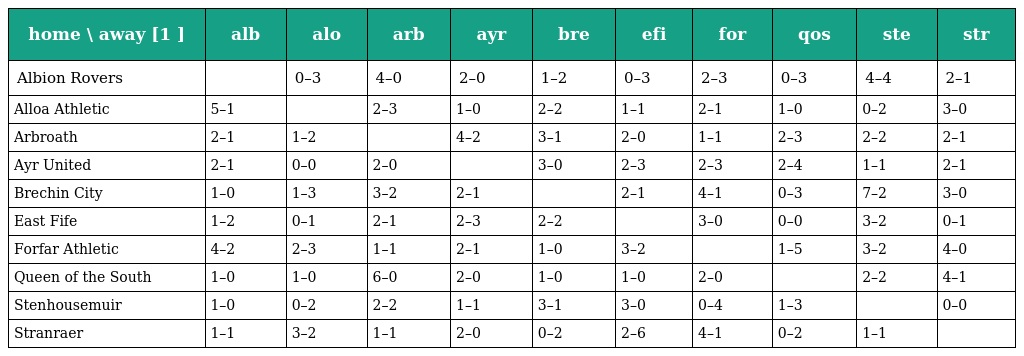
| home \ away [1 ] | alb | alo | arb | ayr | bre | efi | for | qos | ste | str |
 | --- | --- | --- | --- | --- | --- | --- | --- | --- | --- | --- |
 | Albion Rovers |  | 0–3 | 4–0 | 2–0 | 1–2 | 0–3 | 2–3 | 0–3 | 4–4 | 2–1 |
 | Alloa Athletic | 5–1 |  | 2–3 | 1–0 | 2–2 | 1–1 | 2–1 | 1–0 | 0–2 | 3–0 |
 | Arbroath | 2–1 | 1–2 |  | 4–2 | 3–1 | 2–0 | 1–1 | 2–3 | 2–2 | 2–1 |
 | Ayr United | 2–1 | 0–0 | 2–0 |  | 3–0 | 2–3 | 2–3 | 2–4 | 1–1 | 2–1 |
 | Brechin City | 1–0 | 1–3 | 3–2 | 2–1 |  | 2–1 | 4–1 | 0–3 | 7–2 | 3–0 |
 | East Fife | 1–2 | 0–1 | 2–1 | 2–3 | 2–2 |  | 3–0 | 0–0 | 3–2 | 0–1 |
 | Forfar Athletic | 4–2 | 2–3 | 1–1 | 2–1 | 1–0 | 3–2 |  | 1–5 | 3–2 | 4–0 |
 | Queen of the South | 1–0 | 1–0 | 6–0 | 2–0 | 1–0 | 1–0 | 2–0 |  | 2–2 | 4–1 |
 | Stenhousemuir | 1–0 | 0–2 | 2–2 | 1–1 | 3–1 | 3–0 | 0–4 | 1–3 |  | 0–0 |
 | Stranraer | 1–1 | 3–2 | 1–1 | 2–0 | 0–2 | 2–6 | 4–1 | 0–2 | 1–1 |  |